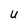
Character: U